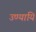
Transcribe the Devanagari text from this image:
उण्यायि